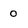
Character: 0